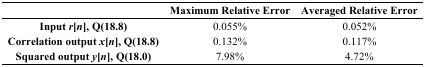
<table><thead><tr><td></td><td><b>Maximum Relative Error</b></td><td><b>Averaged Relative Error</b></td></tr></thead><tbody><tr><td><b>Input <i>r</i>[<i>n</i>], Q(18.8)</b></td><td>0.055%</td><td>0.052%</td></tr><tr><td><b>Correlation output <i>x</i>[<i>n</i>], Q(18.8)</b></td><td>0.132%</td><td>0.117%</td></tr><tr><td><b>Squared output <i>y</i>[<i>n</i>], Q(18.0)</b></td><td>7.98%</td><td>4.72%</td></tr></tbody></table>